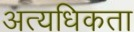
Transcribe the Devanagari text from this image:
अत्यधिकता